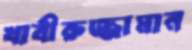
খাবীরুজ্জামান